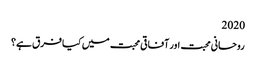
2020
روحانی محبت اور آفاقی محبت میں کیا فرق ہے؟